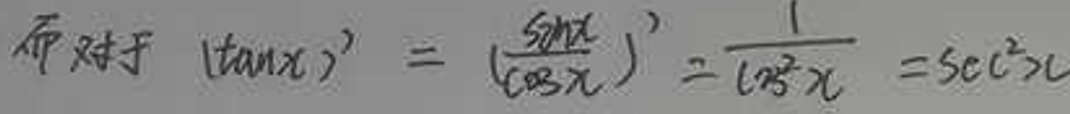
而对于$ (\tan x)' = \left(\frac{\sin x}{\cos x}\right)' = \frac{1}{\cos^{2}x} = \sec^{2}x$